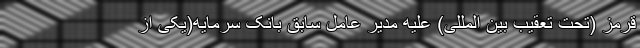
قرمز (تحت تعقیب بین المللی) علیه مدیر عامل سابق بانک سرمایه(یکی از